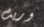
وريث